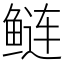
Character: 鲢